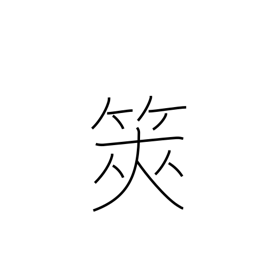
Meaning: divining sticks